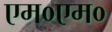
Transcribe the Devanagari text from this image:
एम०एम०